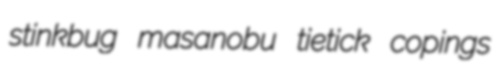
stinkbug masanobu tietick copings